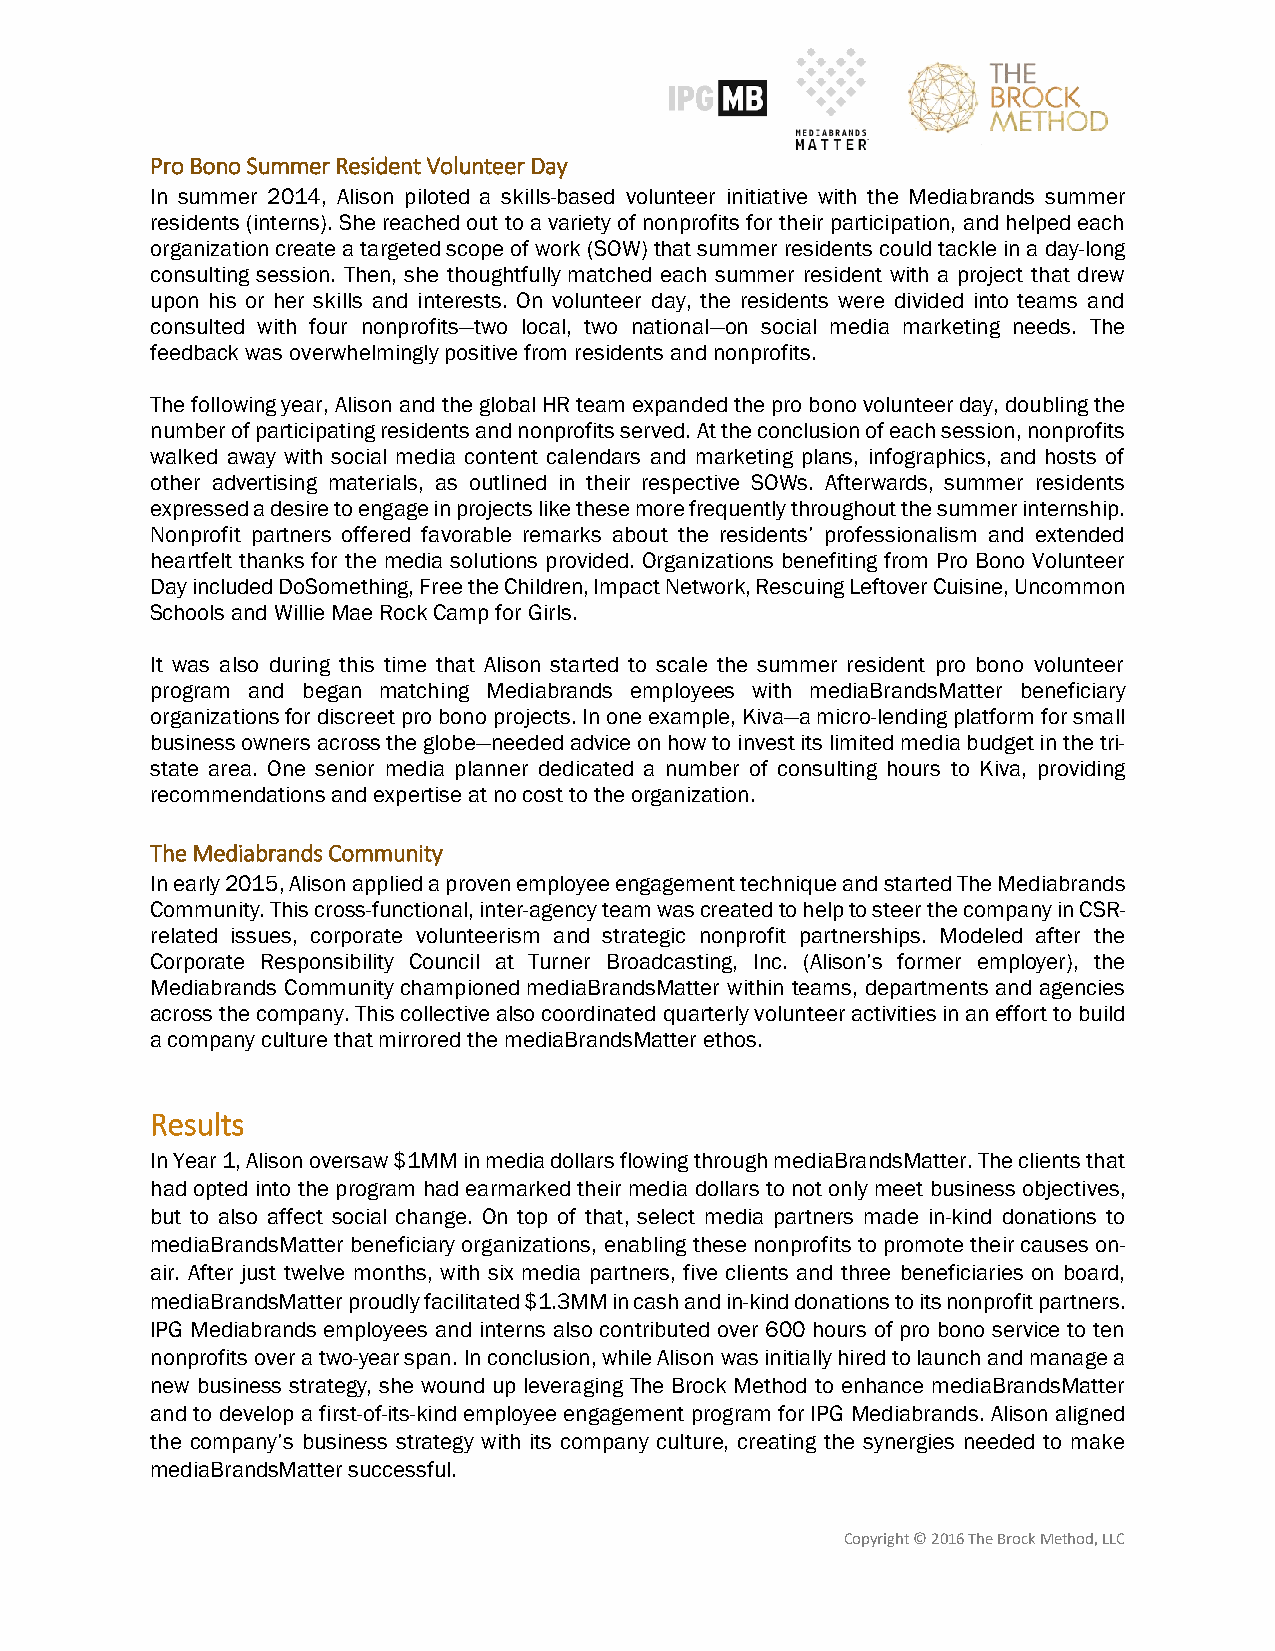
Pro Bono Summer Resident Volunteer Day
 In summer 2014, Alison piloted a skills-based volunteer initiative with the Mediabrands summer
 residents (interns). She reached out to a variety of nonprofits for their participation, and helped each
 organization create a targeted scope of work (SOW) that summer residents could tackle in a day-long
 consulting session. Then, she thoughtfully matched each summer resident with a project that drew
 upon his or her skills and interests. On volunteer day, the residents were divided into teams and
 consulted with four nonprofits—two local, two national—on social media marketing needs. The
 feedback was overwhelmingly positive from residents and nonprofits.
 The following year, Alison and the global HR team expanded the pro bono volunteer day, doubling the
 number of participating residents and nonprofits served. At the conclusion of each session, nonprofits
 walked away with social media content calendars and marketing plans, infographics, and hosts of
 other advertising materials, as outlined in their respective SOWs. Afterwards, summer residents
 expressed a desire to engage in projects like these more frequently throughout the summer internship.
 Nonprofit partners offered favorable remarks about the residents’ professionalism and extended
 heartfelt thanks for the media solutions provided. Organizations benefiting from Pro Bono Volunteer
 Day included DoSomething, Free the Children, Impact Network, Rescuing Leftover Cuisine, Uncommon
 Schools and Willie Mae Rock Camp for Girls.
 It was also during this time that Alison started to scale the summer resident pro bono volunteer
 program and began matching Mediabrands employees with mediaBrandsMatter beneficiary
 organizations for discreet pro bono projects. In one example, Kiva—a micro-lending platform for small
 business owners across the globe—needed advice on how to invest its limited media budget in the tri-
 state area. One senior media planner dedicated a number of consulting hours to Kiva, providing
 recommendations and expertise at no cost to the organization.
 The Mediabrands Community
 In early 2015, Alison applied a proven employee engagement technique and started The Mediabrands
 Community. This cross-functional, inter-agency team was created to help to steer the company in CSR-
 related issues, corporate volunteerism and strategic nonprofit partnerships. Modeled after the
 Corporate Responsibility Council at Turner Broadcasting, Inc. (Alison’s former employer), the
 Mediabrands Community championed mediaBrandsMatter within teams, departments and agencies
 across the company. This collective also coordinated quarterly volunteer activities in an effort to build
 a company culture that mirrored the mediaBrandsMatter ethos.
 Results
 In Year 1, Alison oversaw $1MM in media dollars flowing through mediaBrandsMatter. The clients that
 had opted into the program had earmarked their media dollars to not only meet business objectives,
 but to also affect social change. On top of that, select media partners made in-kind donations to
 mediaBrandsMatter beneficiary organizations, enabling these nonprofits to promote their causes on-
 air. After just twelve months, with six media partners, five clients and three beneficiaries on board,
 mediaBrandsMatter proudly facilitated $1.3MM in cash and in-kind donations to its nonprofit partners.
 IPG Mediabrands employees and interns also contributed over 600 hours of pro bono service to ten
 nonprofits over a two-year span. In conclusion, while Alison was initially hired to launch and manage a
 new business strategy, she wound up leveraging The Brock Method to enhance mediaBrandsMatter
 and to develop a first-of-its-kind employee engagement program for IPG Mediabrands. Alison aligned
 the company’s business strategy with its company culture, creating the synergies needed to make
 mediaBrandsMatter successful.
 Copyright © 2016 The Brock Method, LLC